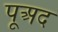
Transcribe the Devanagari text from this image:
पूअद